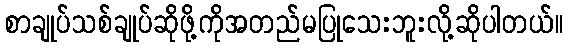
စာချုပ်သစ်ချုပ်ဆိုဖို့ကိုအတည်မပြုသေးဘူးလို့ဆိုပါတယ်။